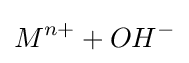
M^{n+}+OH^{-}